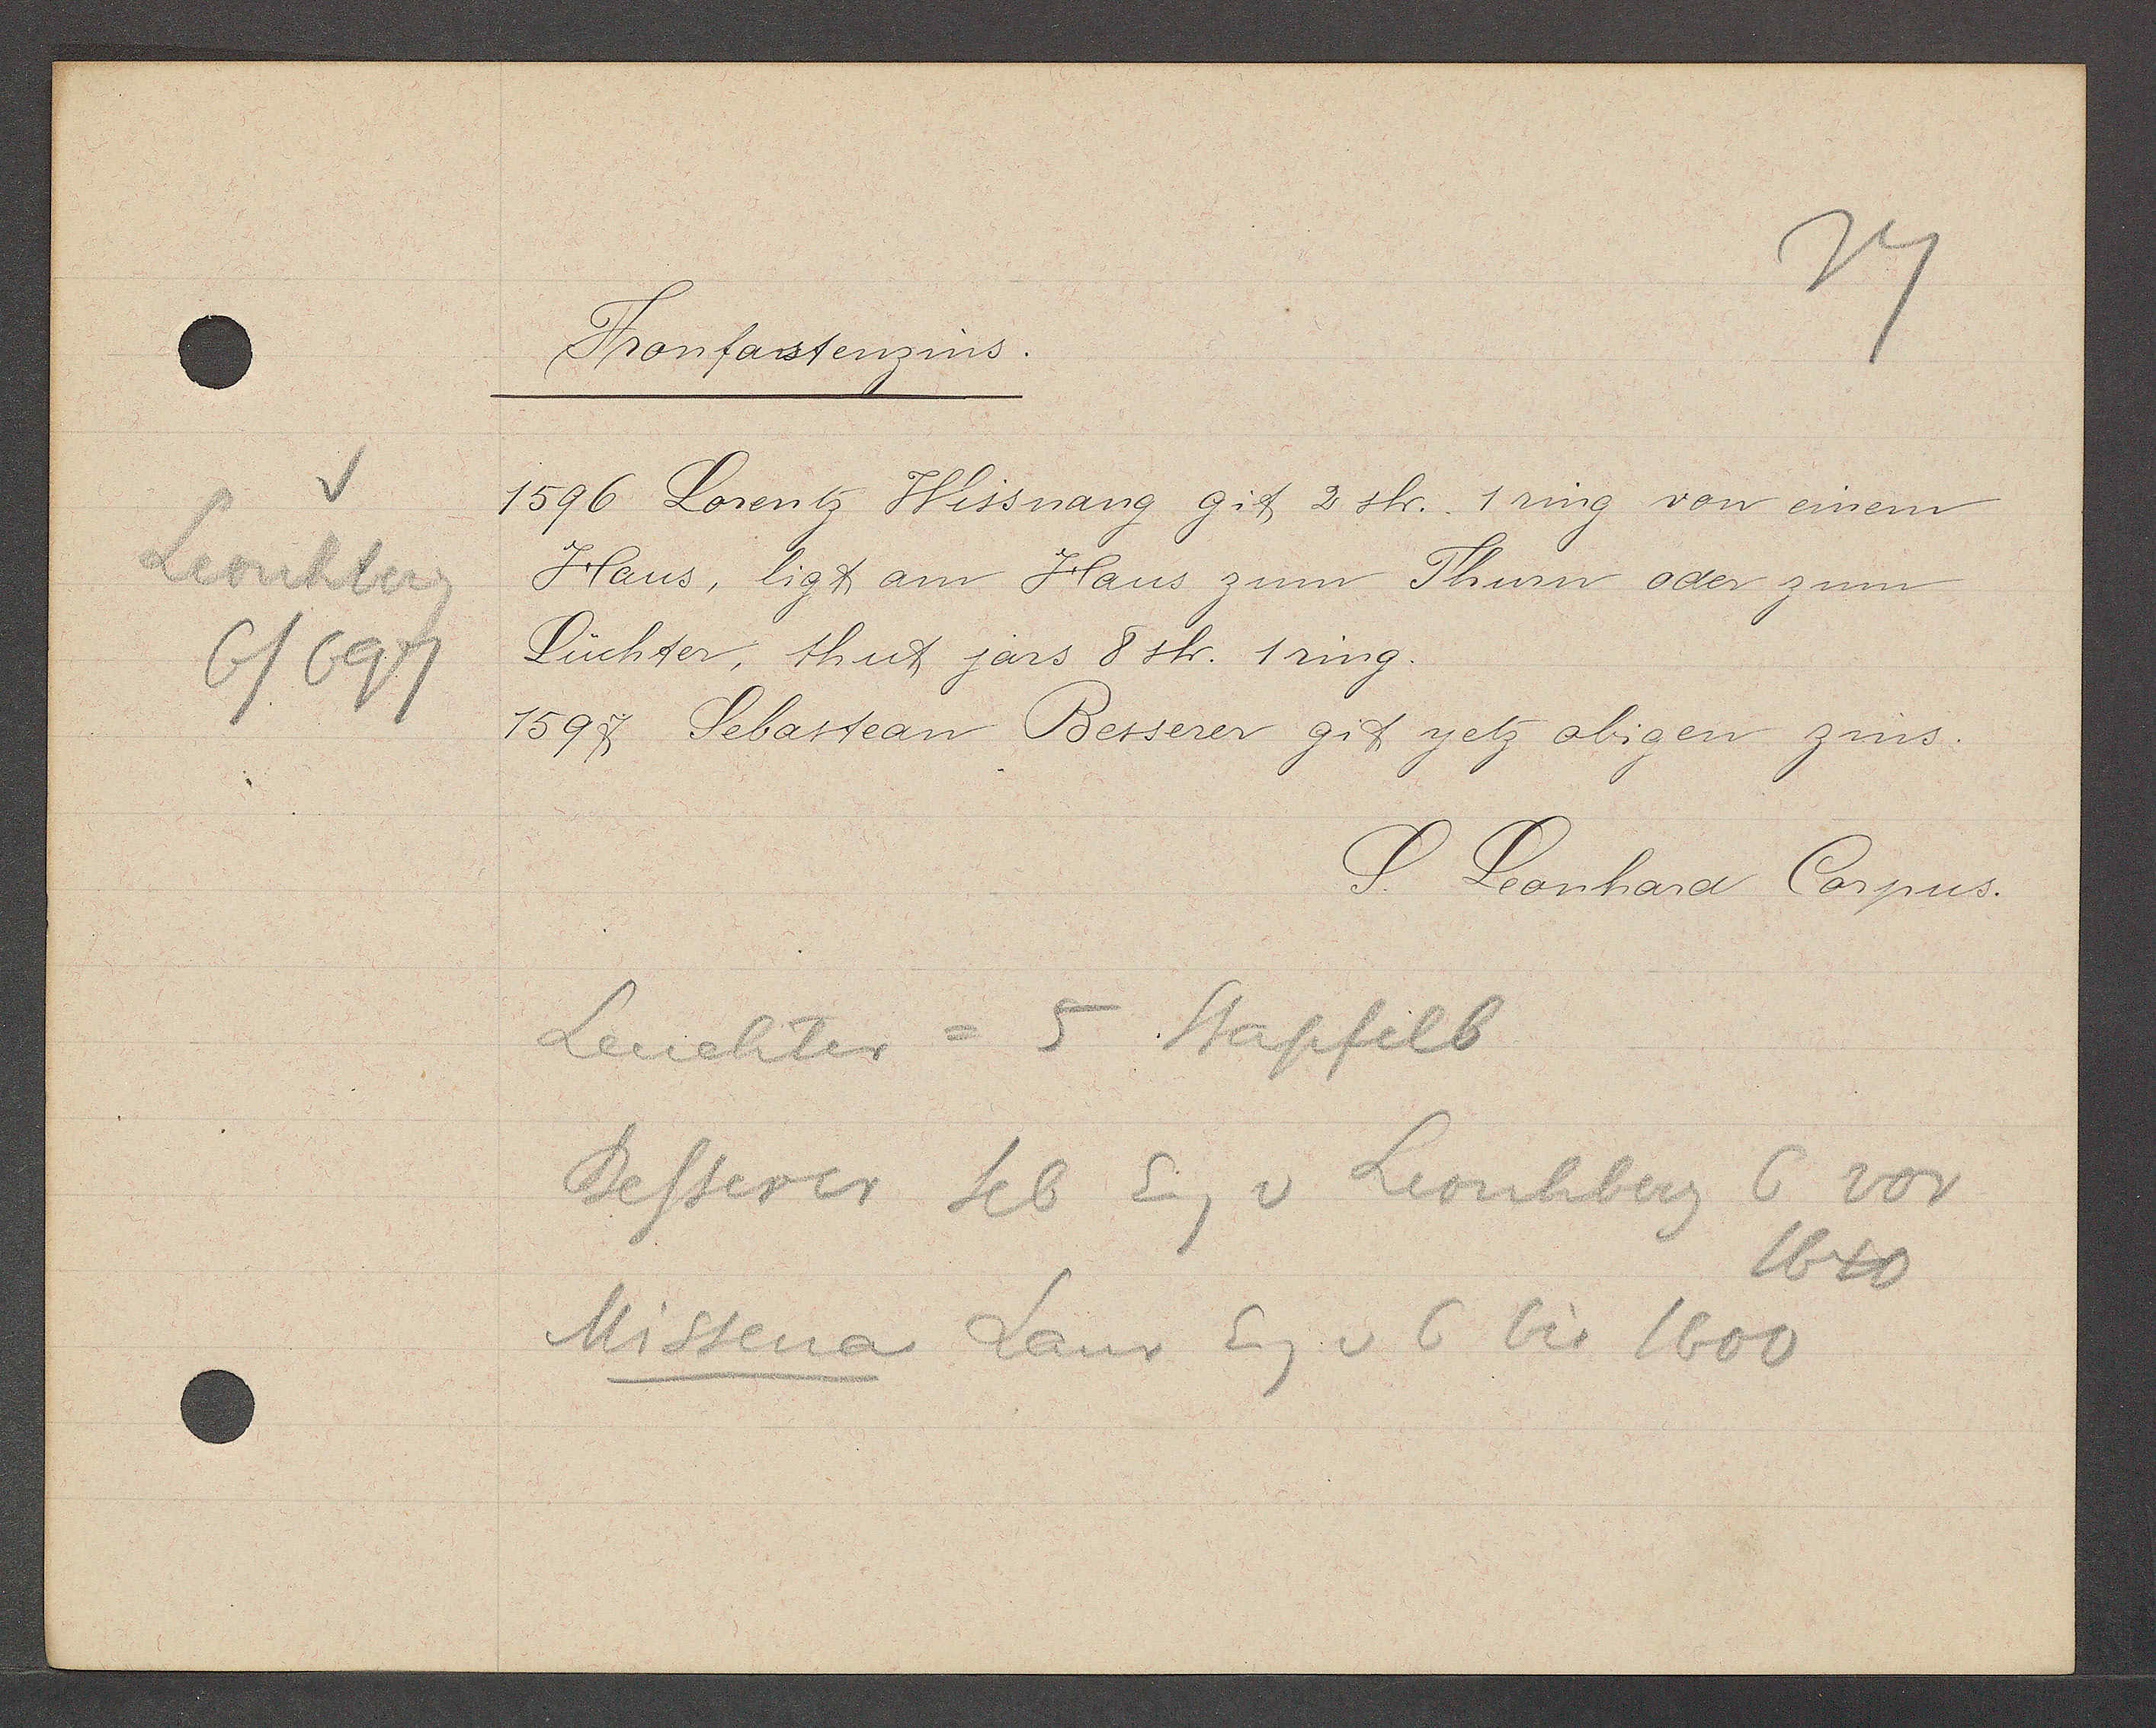
Transcript:
Leonhberg
6/697

Fronfastenzins.

1596 Lorentz Wissnang git 2 sh. 1 ring von einem
Haus, ligt am Haus zum Thurn oder zum
Lüchter, thut järs 8 sh. 1 ring.
1597 Sebastean Besserer git yetz obigen zins.

S. Leonhard Corpus.

Leuchter = 5 Stapfelb
Besserer Seb Eig v Leonhberg 6 vor
1640
Missena Lanr Eg v 6 bis 1600